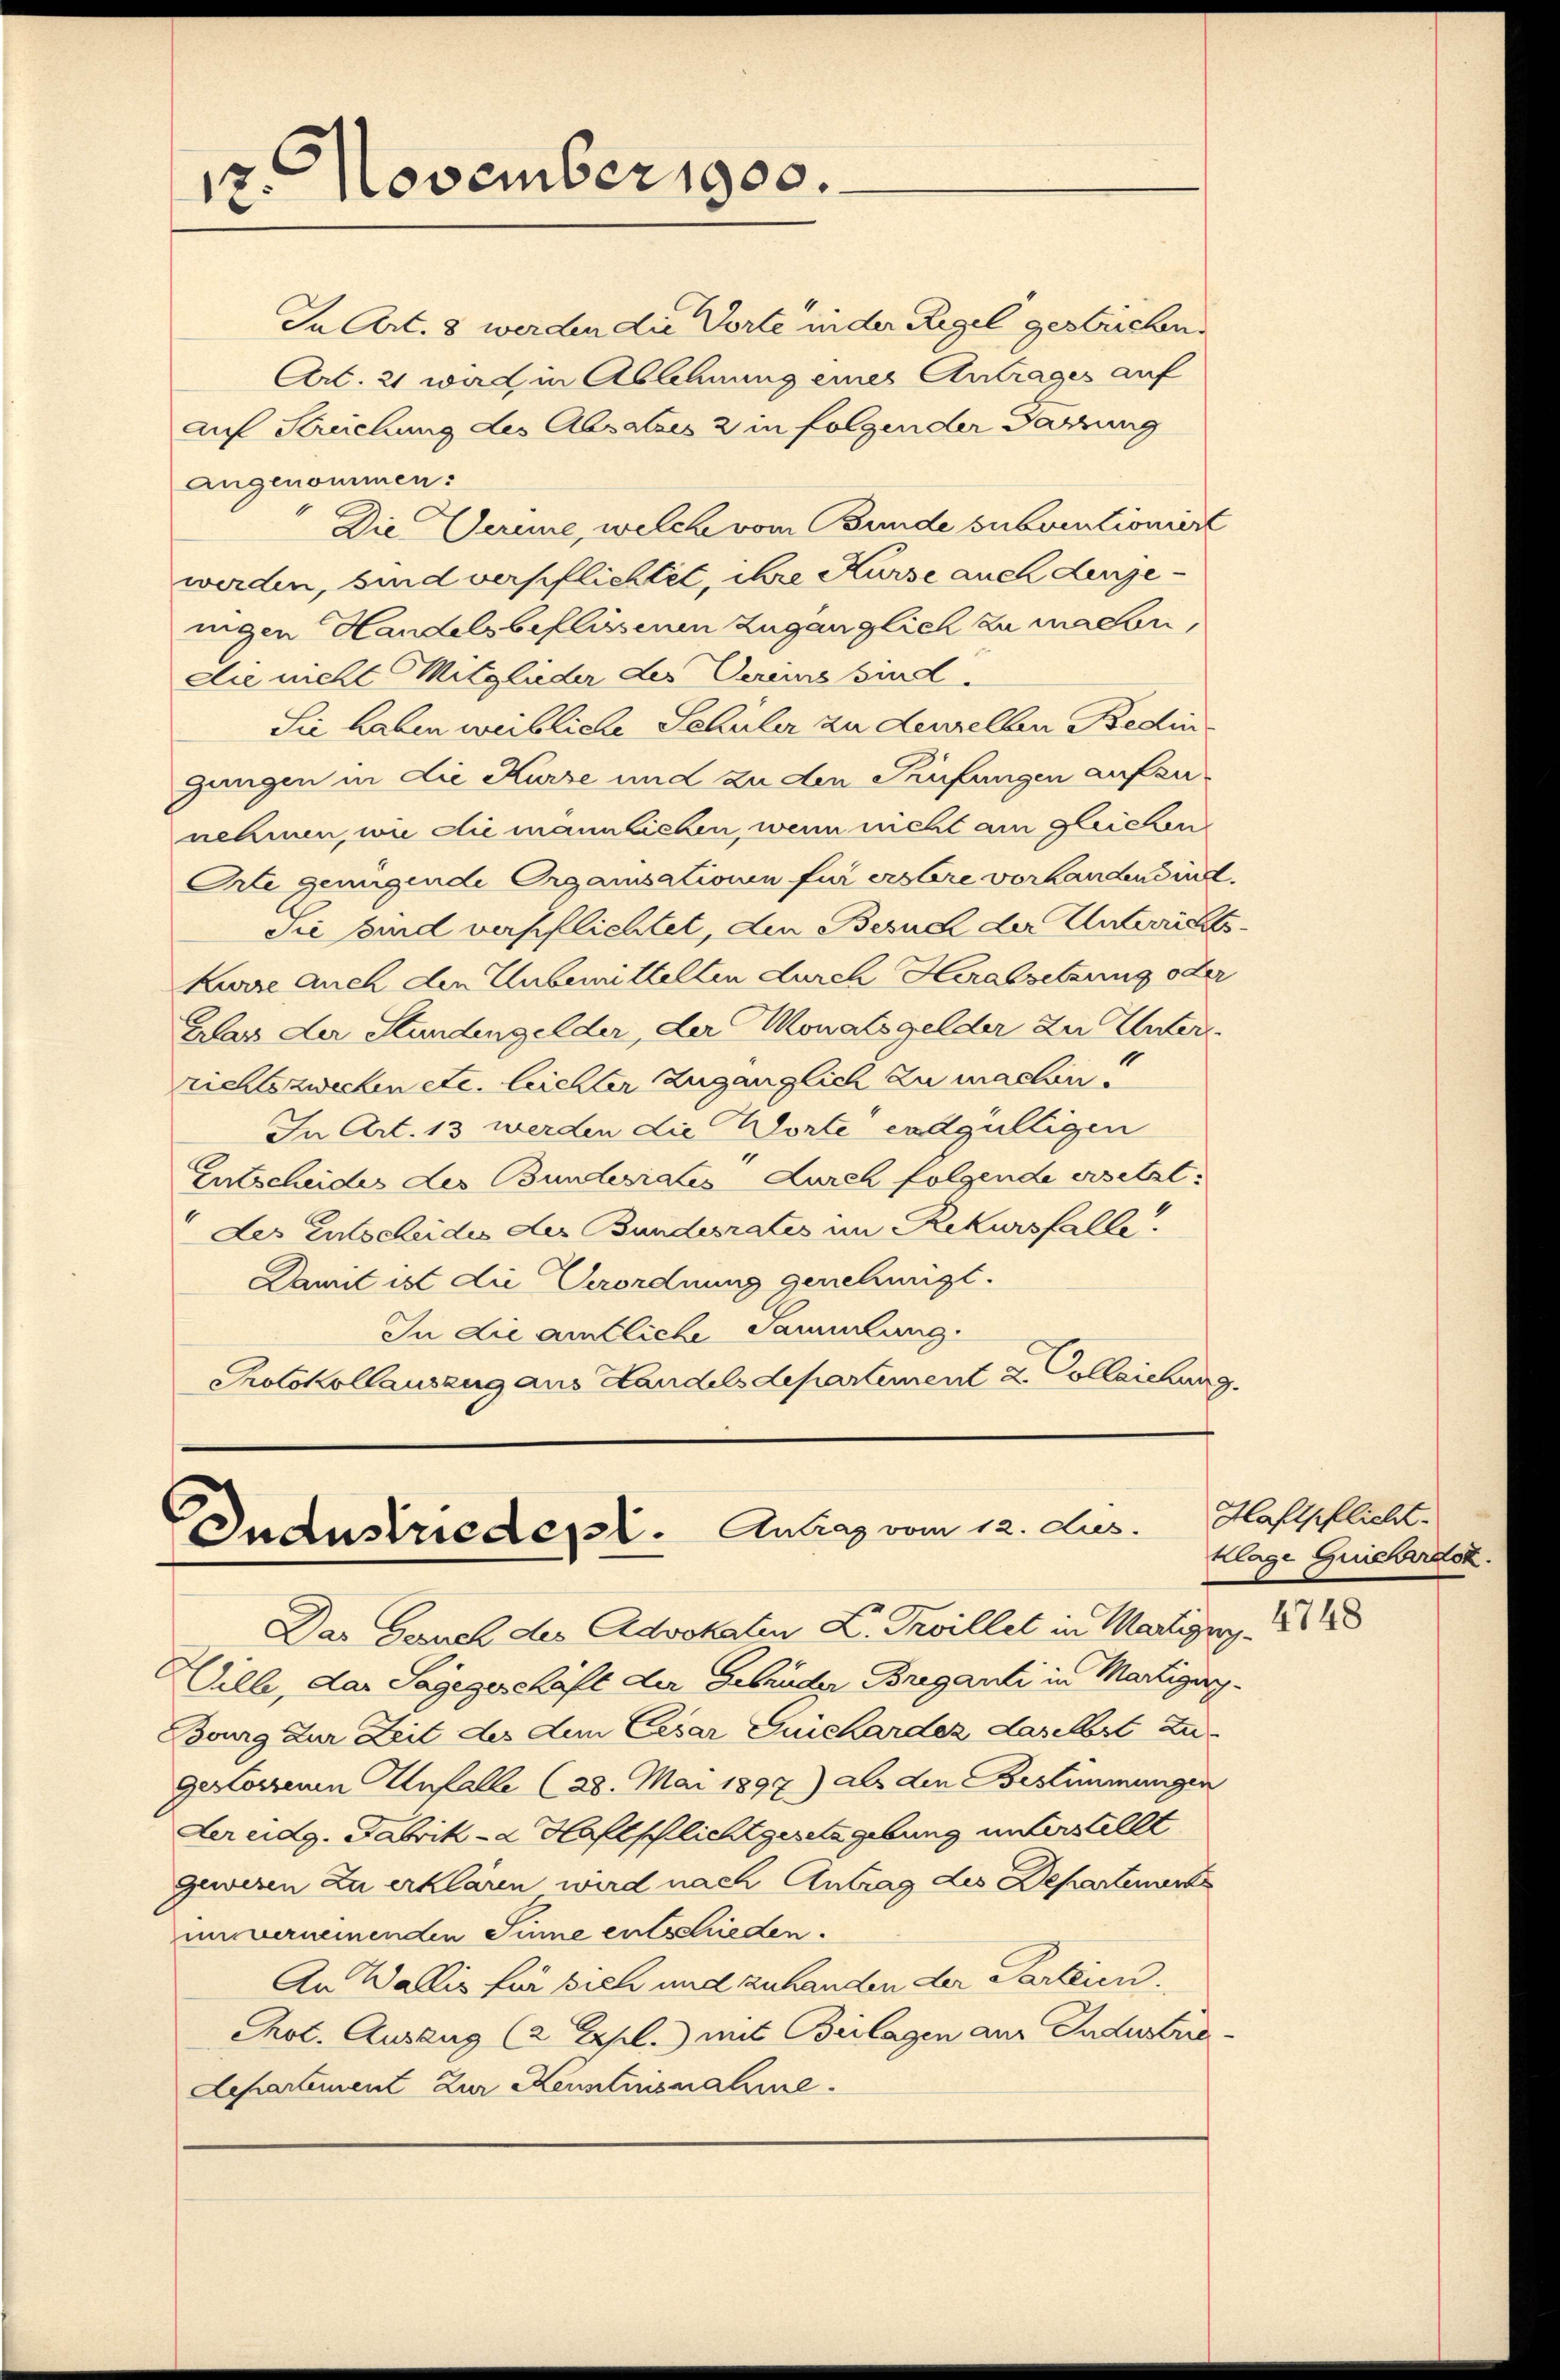
12. November 1900.

In Art. 8 werden die Vorte in der Regel gestrichen.
Art. 21 war in Ablehnung eines Antrages auf
auf Streichung des Absatzes 2 in folgender Darung
angenommen:
Die Gerime, welche vom Bunde subventioniert
werden, sind verpflichtet, ihre Kurse auch dingenigen Handels beflissenen zugänglich zu machen,
Die nicht Mitglieder des Vereins sind.
Sie haben weibliche Schüler zu denselben Bedin
gangen in die Kurze und zu den Prüfungen aufzunehmen, in die männlichen, wenn nicht am gleichen
Orte genügende Organisationen für erstere vorhanden sind.
Sie sind verpflichtet, den Besuch der Unterrichts
Kurze auch den Unbemittelten durch Herabsetzung oder
Glas der Stundengelder, der Monatsgelder zu Unterrichtszwecken etc. leichter Zugänglich zu machen!
In Art. 13 werden die Worte endgültigen
Entscheides der Bunderiales durch folgende ersetzt:
Der Entscheides der Bundesrates im Rekursfalle.
Damit ist die Verordnung genehmigt.
In die amtliche Sammlung.
Protokollauszug aus Handelsdepartement u. Colleichung

Duaustriedepl. Antrag vom 12. Aus
Das Geruch des Advokaten L. Troillet in Martigny. 18

Haftpflicht.
Klage Guicharak

Wille, das Sagegeschäft der Gebrüder Briganti in Martigung.
Bourg zur Zeit des dem Cesar Guichardez daselbst zu
gestossenen Unfalle (28. Mai 1897) als den Bestimmungen
Aer eidg. Fabrika Haftlichtgesetzgebung unterstellt
gewesen zu erklären wird nach Antrag des Departenants
umvermeinenden Sinne entschieden.
An Wallis für sich und zuhanden der Parteien.
Prot. Auszug (2. Apl.) mit Beilagen aus Industria-
Lepartement zur Kenntnisnahme.